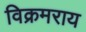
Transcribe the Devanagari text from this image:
विक्रमराय